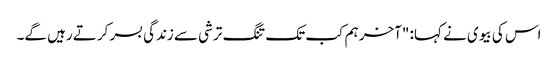
اس کی بیوی نے کہا: "آخر ہم کب تک تنگ ترشی سے زندگی بسر کرتے رہیں گے۔